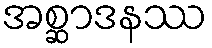
အစ္ဆာဒနဿ